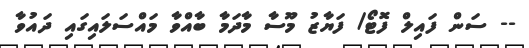
-- ސަން ފައިލް ފޮޓޯ/ ފަޔާޒު މޫސާ މާދަމާ ބާއްވާ މައްސަލައިގައި ދައުވާ